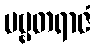
ပဗ္ဗတရာဇံ